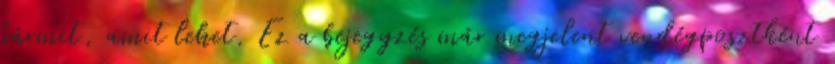
bármit, amit lehet. Ez a bejegyzés már megjelent vendégposztként